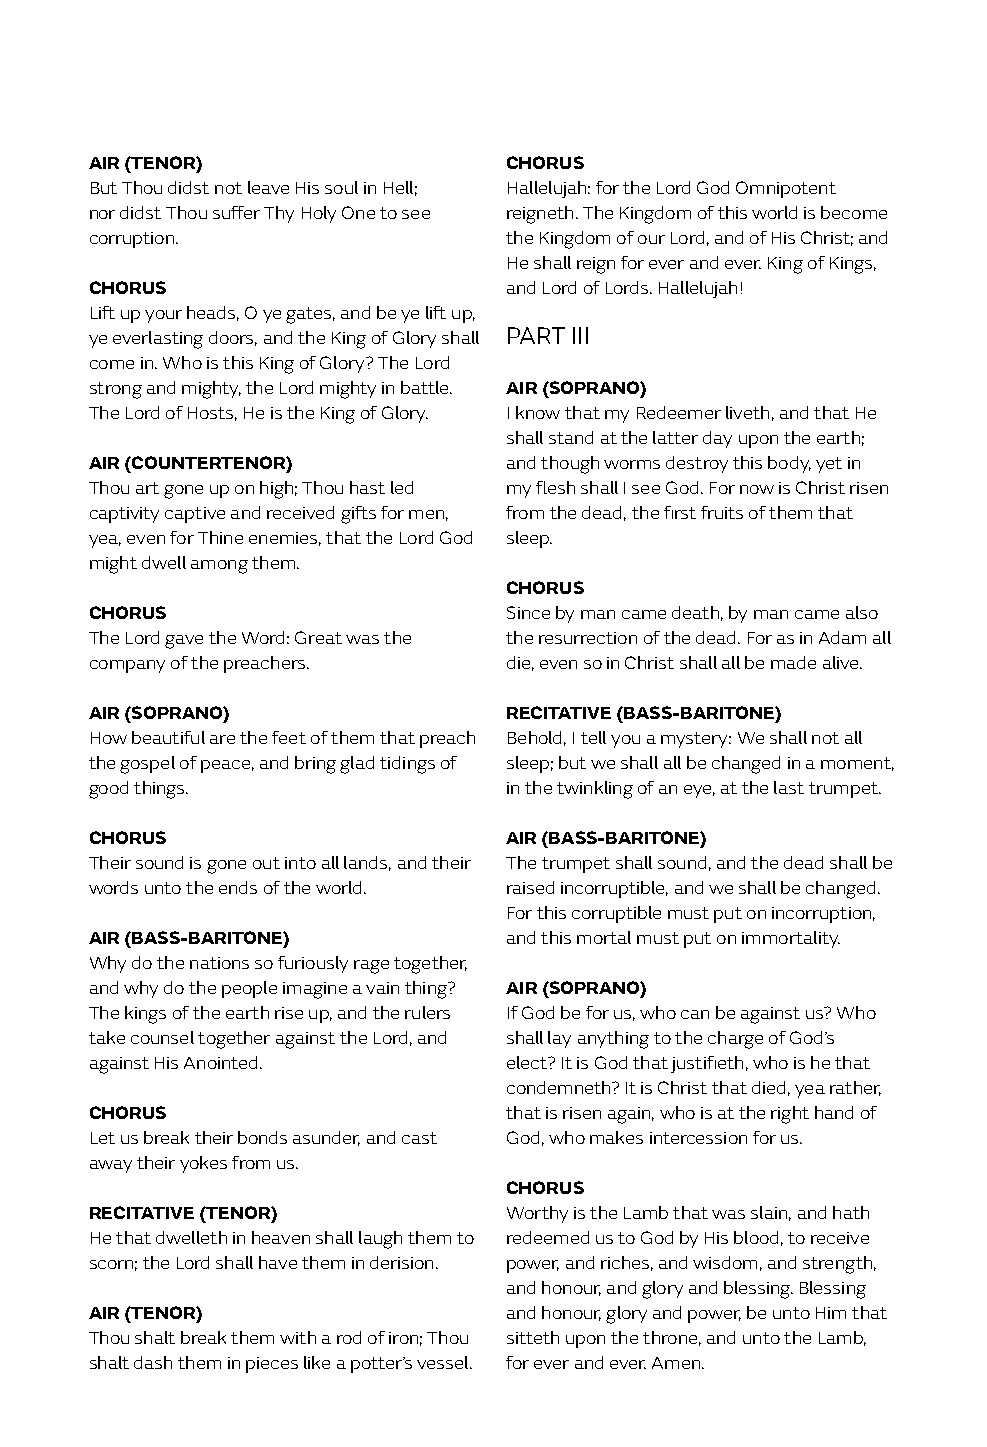
AIR (TENOR)                CHORUS
 But Thou didst not leave His soul in Hell; Hallelujah: for the Lord God Omnipotent
 nor didst Thou suffer Thy Holy One to see reigneth. The Kingdom of this world is become
 corruption.                the Kingdom of our Lord, and of His Christ; and
 He shall reign for ever and ever. King of Kings,
 CHORUS                     and Lord of Lords. Hallelujah!
 Lift up your heads, O ye gates, and be ye lift up,
 ye everlasting doors, and the King of Glory shall PART III
 come in. Who is this King of Glory? The Lord
 strong and mighty, the Lord mighty in battle. AIR (SOPRANO)
 The Lord of Hosts, He is the King of Glory. I know that my Redeemer liveth, and that He
 shall stand at the latter day upon the earth;
 AIR (COUNTERTENOR)         and though worms destroy this body, yet in
 Thou art gone up on high; Thou hast led my flesh shall I see God. For now is Christ risen
 captivity captive and received gifts for men, from the dead, the first fruits of them that
 yea, even for Thine enemies, that the Lord God sleep.
 might dwell among them.
 CHORUS
 CHORUS                     Since by man came death, by man came also
 The Lord gave the Word: Great was the the resurrection of the dead. For as in Adam all
 company of the preachers.  die, even so in Christ shall all be made alive.
 AIR (SOPRANO)              RECITATIVE (BASS-BARITONE)
 How beautiful are the feet of them that preach Behold, I tell you a mystery: We shall not all
 the gospel of peace, and bring glad tidings of sleep; but we shall all be changed in a moment,
 good things.               in the twinkling of an eye, at the last trumpet.
 CHORUS                     AIR (BASS-BARITONE)
 Their sound is gone out into all lands, and their The trumpet shall sound, and the dead shall be
 words unto the ends of the world. raised incorruptible, and we shall be changed.
 For this corruptible must put on incorruption,
 AIR (BASS-BARITONE)        and this mortal must put on immortality.
 Why do the nations so furiously rage together,
 and why do the people imagine a vain thing? AIR (SOPRANO)
 The kings of the earth rise up, and the rulers If God be for us, who can be against us? Who
 take counsel together against the Lord, and shall lay anything to the charge of God’s
 against His Anointed.      elect? It is God that justifieth, who is he that
 condemneth? It is Christ that died, yea rather,
 CHORUS                     that is risen again, who is at the right hand of
 Let us break their bonds asunder, and cast God, who makes intercession for us.
 away their yokes from us.
 CHORUS
 RECITATIVE (TENOR)         Worthy is the Lamb that was slain, and hath
 He that dwelleth in heaven shall laugh them to redeemed us to God by His blood, to receive
 scorn; the Lord shall have them in derision. power, and riches, and wisdom, and strength,
 and honour, and glory and blessing. Blessing
 AIR (TENOR)                and honour, glory and power, be unto Him that
 Thou shalt break them with a rod of iron; Thou sitteth upon the throne, and unto the Lamb,
 shalt dash them in pieces like a potter’s vessel. for ever and ever. Amen.